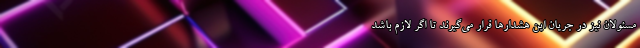
مسئولان نیز در جریان این هشدار‌ها قرار می‌گیرند تا اگر لازم باشد